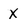
Character: x